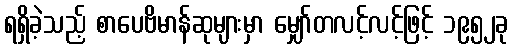
ရရှိခဲ့သည့် စာပေဗိမာန်ဆုများမှာ မျှော်တလင့်လင့်ဖြင့် ၁၉၅၂ခု